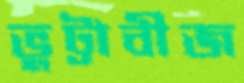
ভুট্টাবীজ